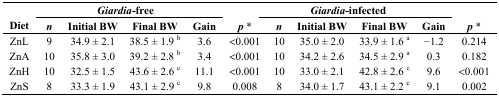
<table><thead><tr><td rowspan="2"><b>Diet</b></td><td colspan="3"><b><i>Giardia</i>-free</b></td><td colspan="2"></td><td colspan="4"><b><i>Giardia</i>-infected</b></td><td colspan="2"></td></tr><tr><td><b><i>n</i></b></td><td><b>Initial BW</b></td><td><b>Final BW</b></td><td><b>Gain</b></td><td><b><i>p</i> *</b></td><td><b><i>n</i></b></td><td><b>Initial BW</b></td><td><b>Final BW</b></td><td colspan="2"><b>Gain</b></td><td><b><i>p</i> *</b></td></tr></thead><tbody><tr><td>ZnL</td><td>9</td><td>34.9 ± 2.1</td><td>38.5 ± 1.9 <sup>b</sup></td><td>3.6</td><td>&lt;0.001</td><td>10</td><td>35.0 ± 2.0</td><td>33.9 ± 1.6 <sup>a</sup></td><td colspan="2">−1.2</td><td>0.214</td></tr><tr><td>ZnA</td><td>10</td><td>35.8 ± 3.0</td><td>39.2 ± 2.8 <sup>b</sup></td><td>3.4</td><td>&lt;0.001</td><td>10</td><td>34.2 ± 2.6</td><td>34.5 ± 2.9 <sup>a</sup></td><td colspan="2">0.3</td><td>0.182</td></tr><tr><td>ZnH</td><td>10</td><td>32.5 ± 1.5 </td><td>43.6 ± 2.6 <sup>c</sup></td><td>11.1</td><td>&lt;0.001</td><td>10</td><td>33.0 ± 2.1</td><td>42.8 ± 2.6 <sup>c</sup></td><td colspan="2">9.6</td><td>&lt;0.001</td></tr><tr><td>ZnS</td><td>8</td><td>33.3 ± 1.9</td><td>43.1 ± 2.9 <sup>c</sup></td><td>9.8</td><td>0.008</td><td>8</td><td>34.0 ± 1.7</td><td>43.1 ± 2.2 <sup>c</sup></td><td colspan="2">9.1</td><td>0.002</td></tr></tbody></table>